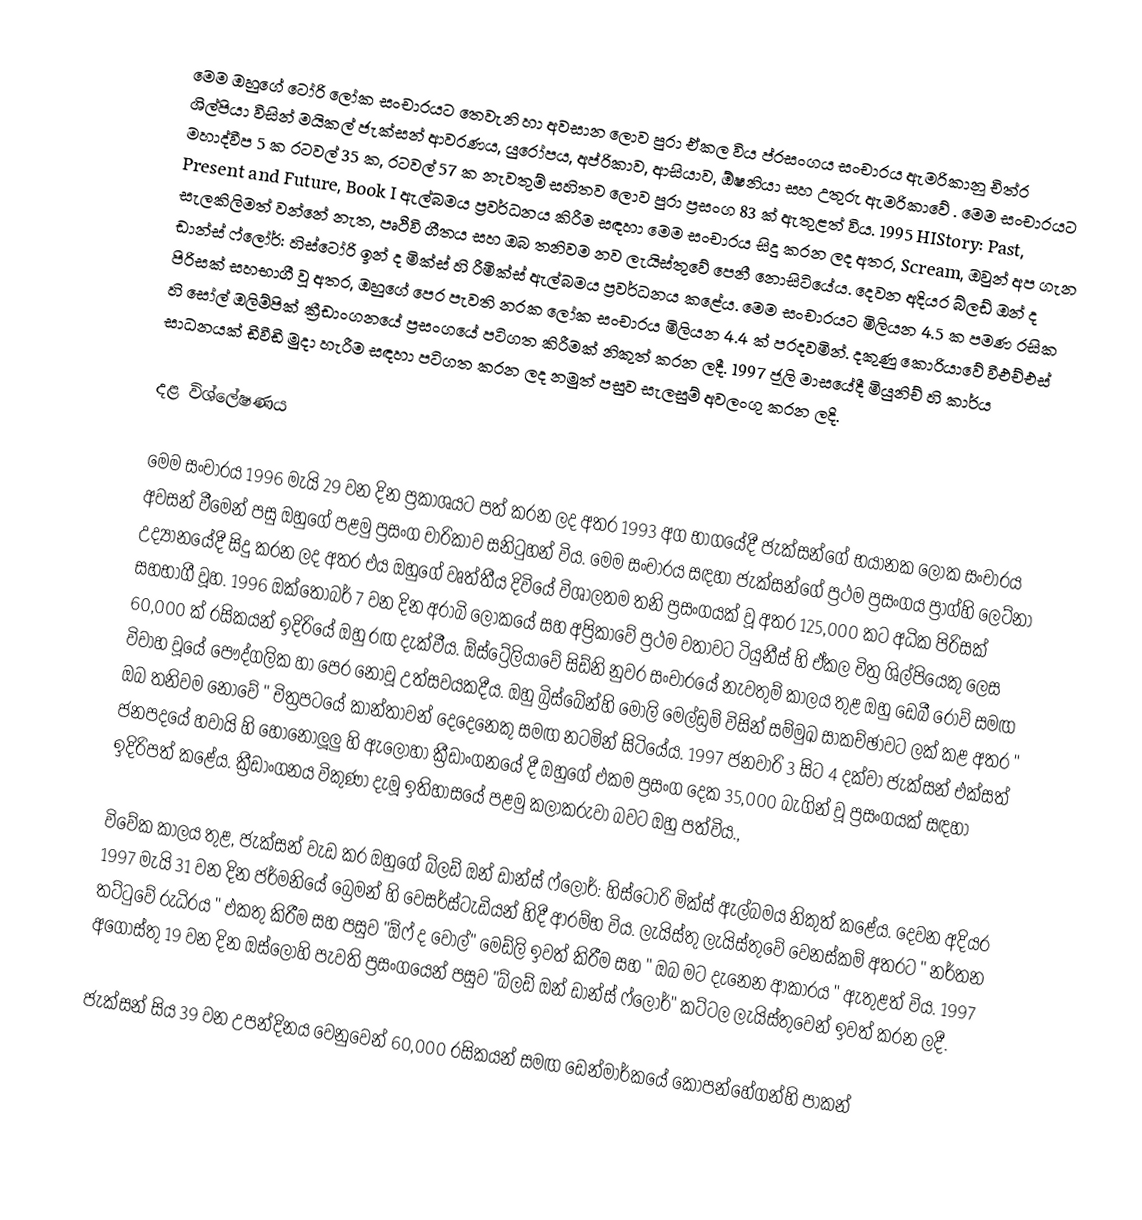
මෙම ඔහුගේ ටෝරි ලෝක සංචාරයට තෙවැනි හා අවසාන ලොව පුරා ඒකල විය ප්රසංගය සංචාරය ඇමරිකානු චිත්ර ශිල්පියා විසින් මයිකල් ජැක්සන් ආවරණය, යුරෝපය, අප්රිකාව, ආසියාව, ඕෂනියා සහ උතුරු ඇමරිකාවේ . මෙම සංචාරයට මහාද්වීප 5 ක රටවල් 35 ක, රටවල් 57 ක නැවතුම් සහිතව ලොව පුරා ප්‍රසංග 83 ක් ඇතුළත් විය. 1995 HIStory: Past, Present and Future, Book I ඇල්බමය ප්‍රවර්ධනය කිරීම සඳහා මෙම සංචාරය සිදු කරන ලද අතර, Scream, ඔවුන් අප ගැන සැලකිලිමත් වන්නේ නැත, පෘථිවි ගීතය සහ ඔබ තනිවම නව ලැයිස්තුවේ පෙනී නොසිටියේය. දෙවන අදියර බ්ලඩ් ඔන් ද ඩාන්ස් ෆ්ලෝර්: හිස්ටෝරි ඉන් ද මික්ස් හි රීමික්ස් ඇල්බමය ප්‍රවර්ධනය කළේය. මෙම සංචාරයට මිලියන 4.5 ක පමණ රසික පිරිසක් සහභාගී වූ අතර, ඔහුගේ පෙර පැවති නරක ලෝක සංචාරය මිලියන 4.4 ක් පරදවමින්. දකුණු කොරියාවේ වීඑච්එස් හි සෝල් ඔලිම්පික් ක්‍රීඩාංගනයේ ප්‍රසංගයේ පටිගත කිරීමක් නිකුත් කරන ලදී. 1997 ජූලි මාසයේදී මියුනිච් හි කාර්ය සාධනයක් ඩීවීඩී මුදා හැරීම සඳහා පටිගත කරන ලද නමුත් පසුව සැලසුම් අවලංගු කරන ලදි.

දළ විශ්ලේෂණය

මෙම සංචාරය 1996 මැයි 29 වන දින ප්‍රකාශයට පත් කරන ලද අතර 1993 අග භාගයේදී ජැක්සන්ගේ භයානක ලෝක සංචාරය අවසන් වීමෙන් පසු ඔහුගේ පළමු ප්‍රසංග චාරිකාව සනිටුහන් විය.  මෙම සංචාරය සඳහා ජැක්සන්ගේ ප්‍රථම ප්‍රසංගය ප්‍රාග්හි ලෙට්නා උද්‍යානයේදී සිදු කරන ලද අතර එය ඔහුගේ වෘත්තීය දිවියේ විශාලතම තනි ප්‍රසංගයක් වූ අතර 125,000 කට අධික පිරිසක් සහභාගී වූහ.  1996 ඔක්තෝබර් 7 වන දින අරාබි ලෝකයේ සහ අප්‍රිකාවේ ප්‍රථම වතාවට ටියුනීස් හි ඒකල චිත්‍ර ශිල්පියෙකු ලෙස 60,000 ක් රසිකයන් ඉදිරියේ ඔහු රඟ දැක්වීය.  ඕස්ට්‍රේලියාවේ සිඩ්නි නුවර සංචාරයේ නැවතුම් කාලය තුළ ඔහු ඩෙබී රෝව් සමඟ විවාහ වූයේ පෞද්ගලික හා පෙර නොවූ උත්සවයකදීය. ඔහු බ්‍රිස්බේන්හි මොලි මෙල්ඩ්‍රම් විසින් සම්මුඛ සාකච්ඡාවට ලක් කළ අතර " ඔබ තනිවම නොවේ " චිත්‍රපටයේ කාන්තාවන් දෙදෙනෙකු සමඟ නටමින් සිටියේය. 1997 ජනවාරි 3 සිට 4 දක්වා ජැක්සන් එක්සත් ජනපදයේ හවායි හි හොනොලූලු හි ඇලෝහා ක්‍රීඩාංගනයේ දී ඔහුගේ එකම ප්‍රසංග දෙක 35,000 බැගින් වූ ප්‍රසංගයක් සඳහා ඉදිරිපත් කළේය. ක්‍රීඩාංගනය විකුණා දැමූ ඉතිහාසයේ පළමු කලාකරුවා බවට ඔහු පත්විය.,

විවේක කාලය තුළ, ජැක්සන් වැඩ කර ඔහුගේ බ්ලඩ් ඔන් ඩාන්ස් ෆ්ලෝර්: හිස්ටෝරි මික්ස් ඇල්බමය නිකුත් කළේය. දෙවන අදියර 1997 මැයි 31 වන දින ජර්මනියේ බ්‍රෙමන් හි වෙසර්ස්ටැඩියන් හිදී ආරම්භ විය.  ලැයිස්තු ලැයිස්තුවේ වෙනස්කම් අතරට " නර්තන තට්ටුවේ රුධිරය " එකතු කිරීම සහ පසුව "ඕෆ් ද වෝල්" මෙඩ්ලි ඉවත් කිරීම සහ " ඔබ මට දැනෙන ආකාරය " ඇතුළත් විය. 1997 අගෝස්තු 19 වන දින ඔස්ලෝහි පැවති ප්‍රසංගයෙන් පසුව "බ්ලඩ් ඔන් ඩාන්ස් ෆ්ලෝර්" කට්ටල ලැයිස්තුවෙන් ඉවත් කරන ලදී.

ජැක්සන් සිය 39 වන උපන්දිනය වෙනුවෙන් 60,000 රසිකයන් සමඟ ඩෙන්මාර්කයේ කෝපන්හේගන්හි පාකන්